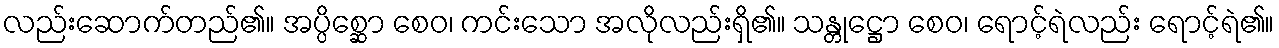
လည်းဆောက်တည်၏။ အပ္ပိစ္ဆော စေဝ၊ ကင်းသော အလိုလည်းရှိ၏။ သန္တုဋ္ဌော စေဝ၊ ရောင့်ရဲလည်း ရောင့်ရဲ၏။